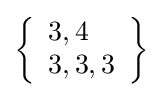
\left\{{\begin{array}{l}3,4\\3,3,3\end{array}}\right\}